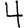
Digit: 4